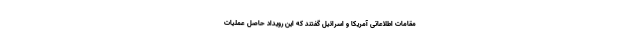
مقامات اطلاعاتی آمریكا و اسرائیل گفتند كه این رویداد حاصل عملیات